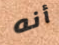
أنه